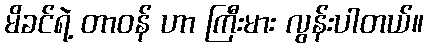
မိခင်ရဲ့ တာဝန် ဟာ ကြီးမား လွန်းပါတယ်။